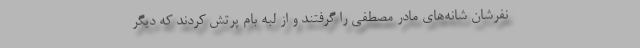
نفرشان شانه‌های مادر مصطفی را گرفتند و از لبه بام پرتش کردند که دیگر